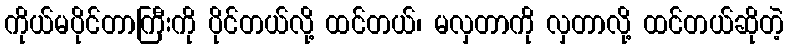
ကိုယ်မပိုင်တာကြီးကို ပိုင်တယ်လို့ ထင်တယ်၊ မလှတာကို လှတာလို့ ထင်တယ်ဆိုတဲ့